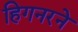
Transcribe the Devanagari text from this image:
हिगनरने